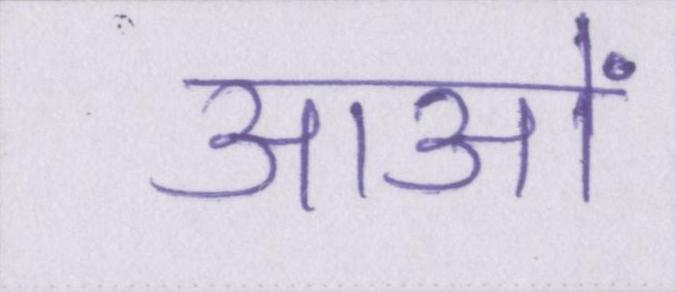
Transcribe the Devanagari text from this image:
आओं